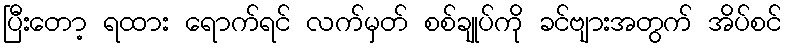
ပြီးတော့ ရထား ရောက်ရင် လက်မှတ် စစ်ချုပ်ကို ခင်ဗျားအတွက် အိပ်စင်